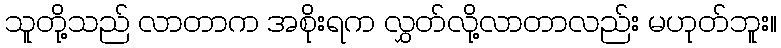
သူတို့သည် လာတာက အစိုးရက လွှတ်လို့လာတာလည်း မဟုတ်ဘူး။